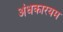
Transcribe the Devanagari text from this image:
अंधकारयम